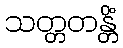
သတ္တတန္တိံ